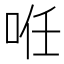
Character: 𠲏